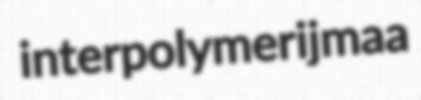
interpolymer ijmaa